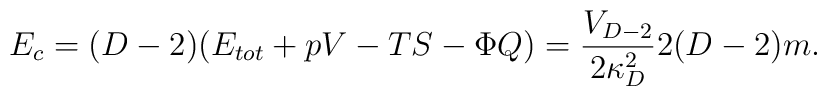
E_c=(D-2)(E_{tot}+pV-TS-\Phi Q)={V_{D-2}\over{2\kappa^2_D}}2(D-2)m.